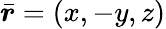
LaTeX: \bar{\boldsymbol{r}}=(x,-y,z)